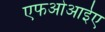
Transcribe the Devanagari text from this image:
एफओआईए